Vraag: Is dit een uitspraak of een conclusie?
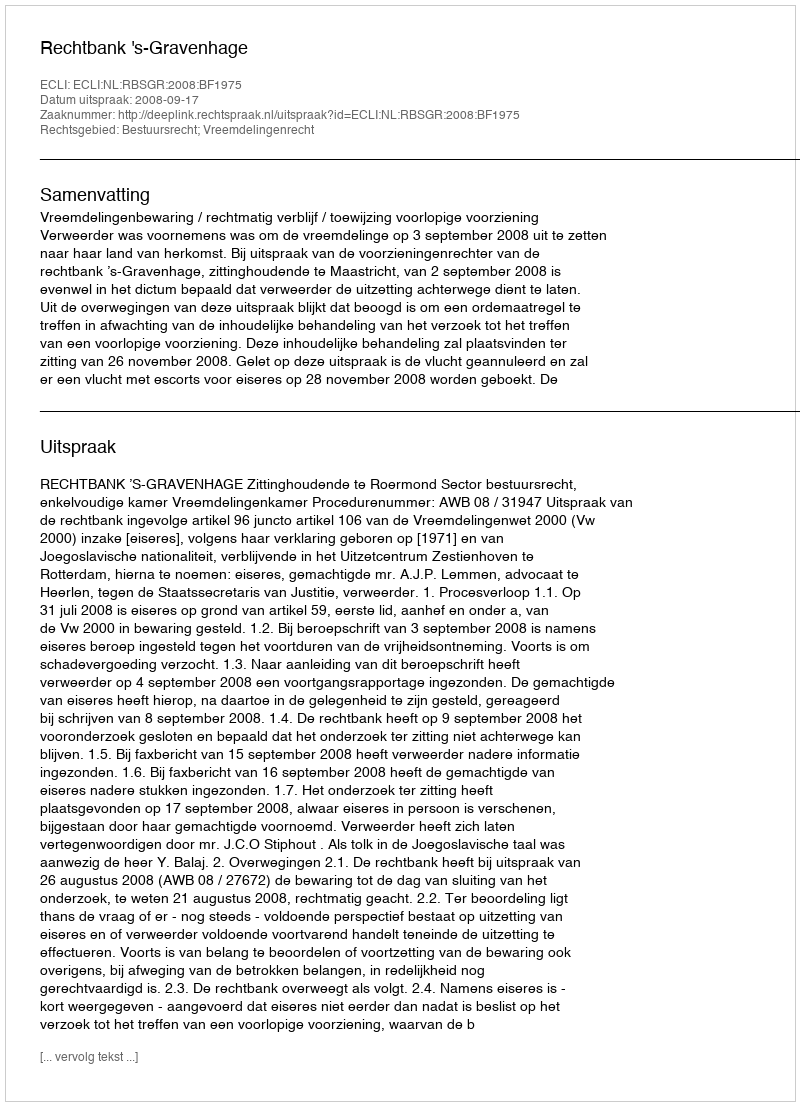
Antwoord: Uitspraak